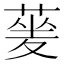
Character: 蓌